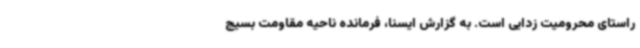
راستای محرومیت‌ زدایی است. به گزارش ایسنا، فرمانده ناحیه مقاومت بسیج